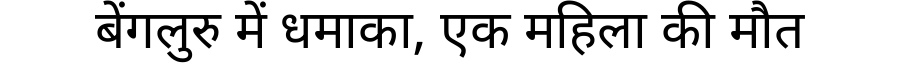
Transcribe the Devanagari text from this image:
बेंगलुरु में धमाका, एक महिला की मौत